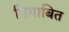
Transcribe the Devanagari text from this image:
गिगाबित